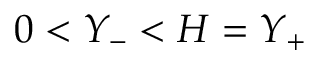
0 < Y _ { - } < H = Y _ { + }